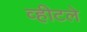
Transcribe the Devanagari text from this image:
व्हीटले